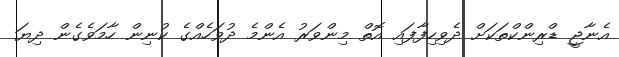
އެނާޖީ ޑްރިންކްތަކަށް ދެވިހިފާފައި އޮތް މިންވަރު އެންމެ ދުވަހެއްގެ ކުނިން ހާމަވެގެން ދިޔަ